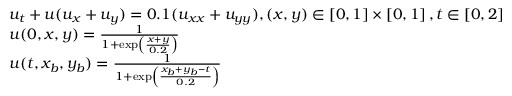
\begin{array} { l } { { u _ { t } } + u ( { u _ { x } } + { u _ { y } } ) = 0 . 1 ( { u _ { x x } } + { u _ { y y } } ) , \mathrm { } ( x , y ) \in \left[ { 0 , 1 } \right] \times \left[ { 0 , 1 } \right] , t \in \left[ { 0 , 2 } \right] } \\ { u ( 0 , x , y ) = \frac { 1 } { { 1 + \exp \left( { \frac { { x + y } } { { 0 . 2 } } } \right) } } } \\ { u ( t , { x _ { b } } , { y _ { b } } ) = \frac { 1 } { { 1 + \exp \left( { \frac { { { x _ { b } } + { y _ { b } } - t } } { { 0 . 2 } } } \right) } } } \end{array}